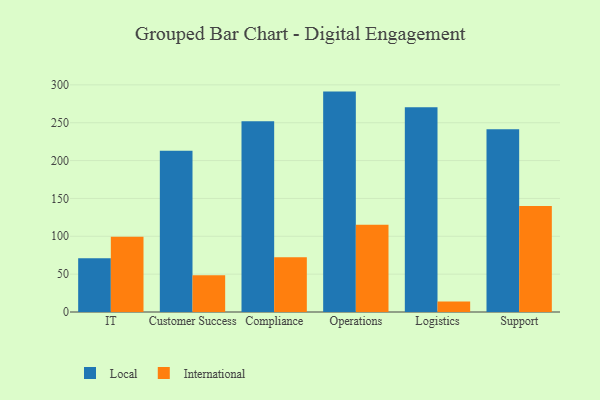
{"axis": {"x": "Department", "y": "Website Visitors"}, "legend": ["International", "Local"], "data": [{"x": "IT", "y": 71.1, "type": "Local"}, {"x": "IT", "y": 99.3, "type": "International"}, {"x": "Customer Success", "y": 212.9, "type": "Local"}, {"x": "Customer Success", "y": 48.5, "type": "International"}, {"x": "Compliance", "y": 251.9, "type": "Local"}, {"x": "Compliance", "y": 72.4, "type": "International"}, {"x": "Operations", "y": 291.1, "type": "Local"}, {"x": "Operations", "y": 115.2, "type": "International"}, {"x": "Logistics", "y": 270.5, "type": "Local"}, {"x": "Logistics", "y": 13.9, "type": "International"}, {"x": "Support", "y": 241.3, "type": "Local"}, {"x": "Support", "y": 140.1, "type": "International"}]}